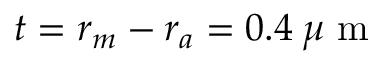
t = r _ { m } - r _ { a } = 0 . 4 \: \mu \mathrm { ~ m ~ }